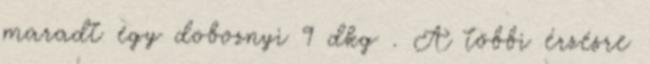
maradt egy doboznyi 9 dkg . A többi érzésre